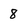
Character: 8